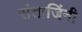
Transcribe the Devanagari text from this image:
संताजिंनी